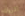
الروك